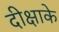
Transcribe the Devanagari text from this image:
दीक्षाके